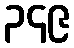
၃၄၉